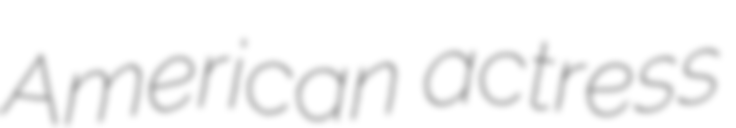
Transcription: American actress